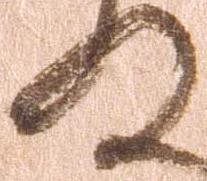
の